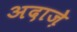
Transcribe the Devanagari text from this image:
अदाज़े